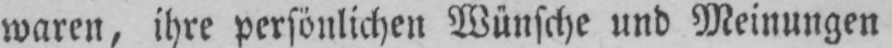
waren, ihre persönlichen Wünsche und Meinungen